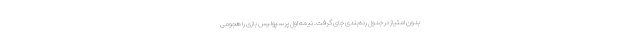
بدون امتیاز در جدول رده‌بندی جای گرفت. نیمه اول پرسپولیس بازی را هجومی